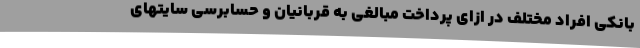
بانکی افراد مختلف در ازای پرداخت مبالغی به قربانیان و حسابرسی سایتهای